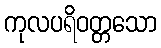
ကုလပရိဝတ္တသော